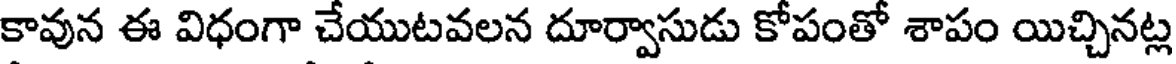
కావున ఈ విధంగా చేయుటవలన దూర్వాసుడు కోపంతో శాపం యిచ్చినట్ల